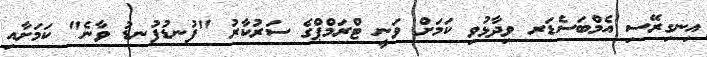
އިނގިރޭސި އެމްބަސެޑަރ ވިދާޅުވި ކަމަށް ވަނީ ޓްރަމްޕްގެ ސަރުކާރު "ފުނޑުފުނޑު ވާނެ" ކަމަށާއި